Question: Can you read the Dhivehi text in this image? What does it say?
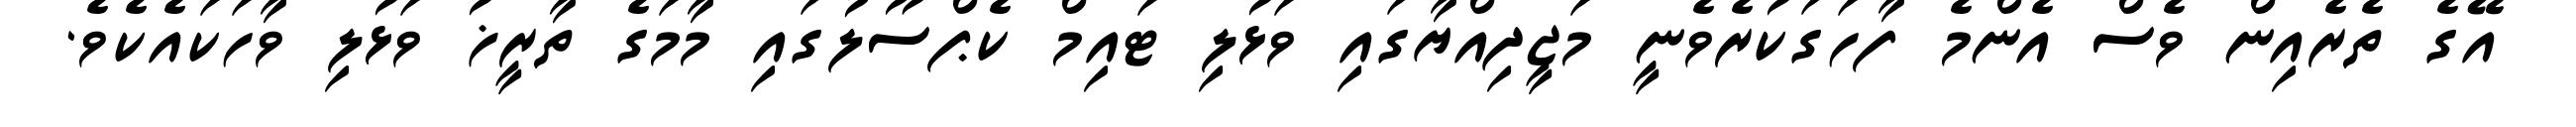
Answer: އޭގެ ތެރެއިން ވެސް އެންމެ ފާހަގަކުރެވެނީ މަޖީދިއްޔާގައި ވަޅުލި ޓައިމް ކެޕްސޫލުގައި މާމަގެ ތާރީޚު ވަޅުލި ވާހަކައެކެވެ.